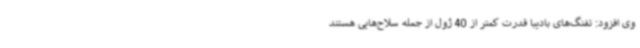
وی افزود: تفنگ‌های بادیبا قدرت کمتر از 40 ژول از جمله سلاح‌هایی هستند